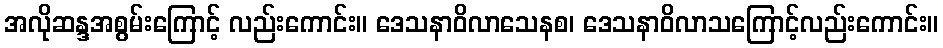
အလိုဆန္ဒအစွမ်းကြောင့် လည်းကောင်း။ ဒေသနာဝိလာသေနစ၊ ဒေသနာဝိလာသကြောင့်လည်းကောင်း။